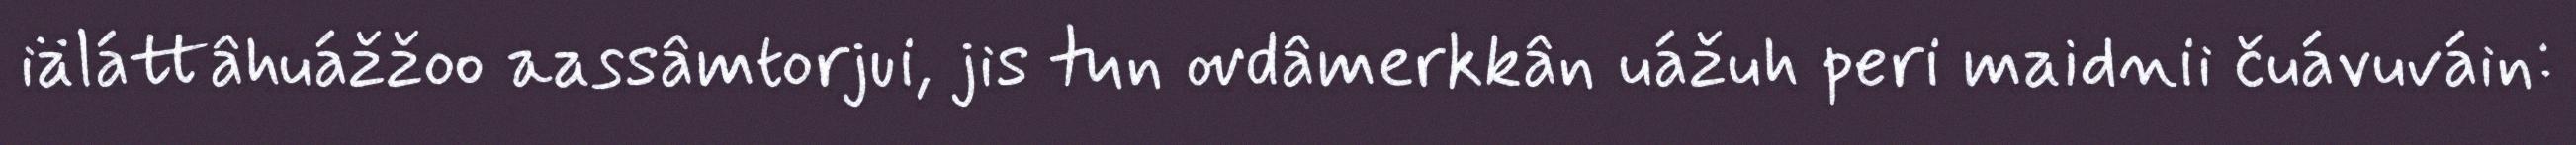
iäláttâhuážžoo aassâmtorjui, jis tun ovdâmerkkân uážuh peri maidnii čuávuváin: